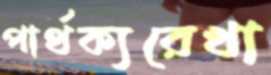
পার্থক্যরেখা